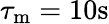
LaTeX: {\tau_{\mathrm{m}}}=10\mathrm{s}